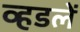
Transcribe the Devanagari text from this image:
व्हडलें